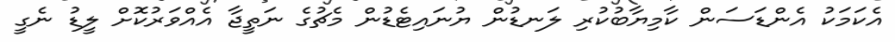
އެކަމަކު އެންޑަސަން ކާމިޔާބުކުރި ލަނޑުން ޔުނައިޓެޑުން މެޗުގެ ނަތީޖާ އެއްވަރުކޮށް ލީޑު ނެގީ